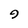
Character: 9